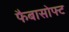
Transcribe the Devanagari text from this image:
फैबासोफ्ट